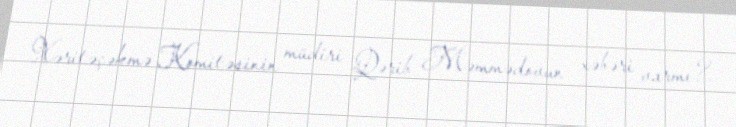
Xəritəçəkmə Komitəsinin müdiri Qərib Məmmədovun xəbəri varmı?.